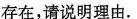
存在，请说明理由。